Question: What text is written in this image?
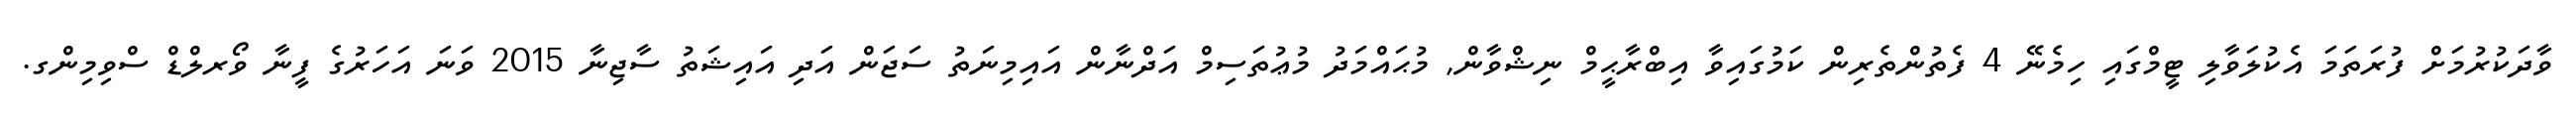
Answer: ވާދަކުރުމަށް ފުރަތަމަ އެކުލަވާލި ޓީމްގައި ހިމެނޭ 4 ފެތުންތެރިން ކަމުގައިވާ އިބްރާޙީމް ނިޝްވާން, މުޙައްމަދު މުޢުތަސިމް އަދްނާން އައިމިނަތު ސަޖަން އަދި އައިޝަތު ސާޖިނާ 2015 ވަނަ އަހަރުގެ ފީނާ ވޯރލްޑް ސްވިމިންގ.